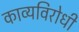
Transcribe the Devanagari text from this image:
काव्यविरोधी